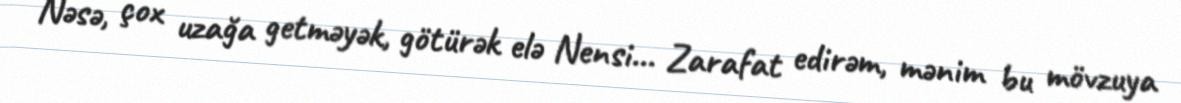
Nəsə, çox uzağa getməyək, götürək elə Nensi... Zarafat edirəm, mənim bu mövzuya